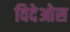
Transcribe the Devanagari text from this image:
विदेओस